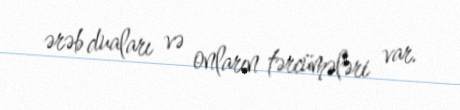
ərəb duaları və onların tərcümələri var.